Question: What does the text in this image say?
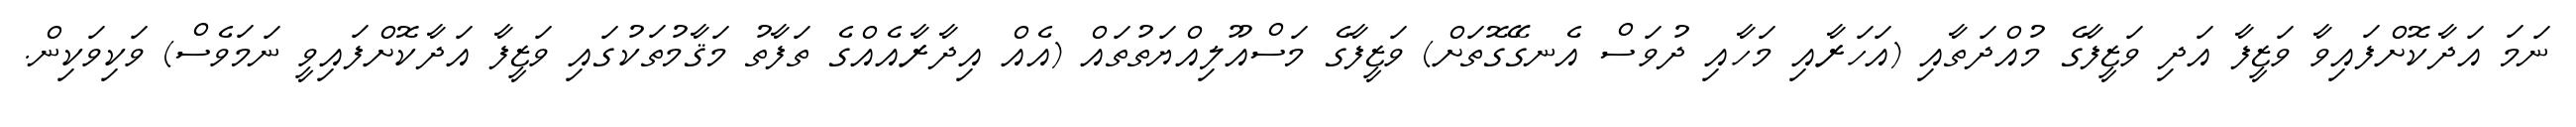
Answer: ނަމަ އަދާކޮށްފައިވާ ވަޒީފާ އަދި ވަޒީފާގެ މުއްދަތާއި (އަހަރާއި މަހާއި ދުވަސް އެނގޭގޮތަށް) ވަޒީފާގެ މަސްއޫލިއްޔަތުތައް (އެއް އިދާރާއެއްގެ ތަފާތު މަޤާމުތަކުގައި ވަޒީފާ އަދާކޮށްފައިވީ ނަމަވެސް) ވަކިވަކިން.